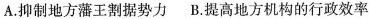
A.抑制地方藩王割据势力 B.提高地方机构的行政效率